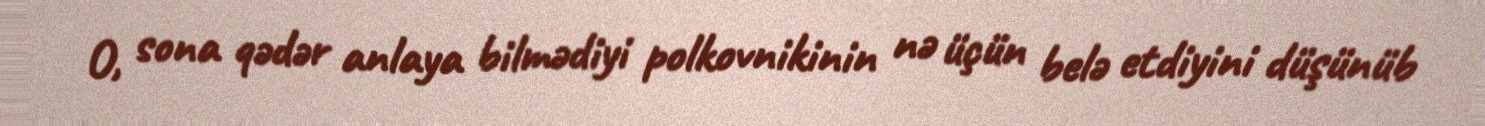
O, sona qədər anlaya bilmədiyi polkovnikinin nə üçün belə etdiyini düşünüb